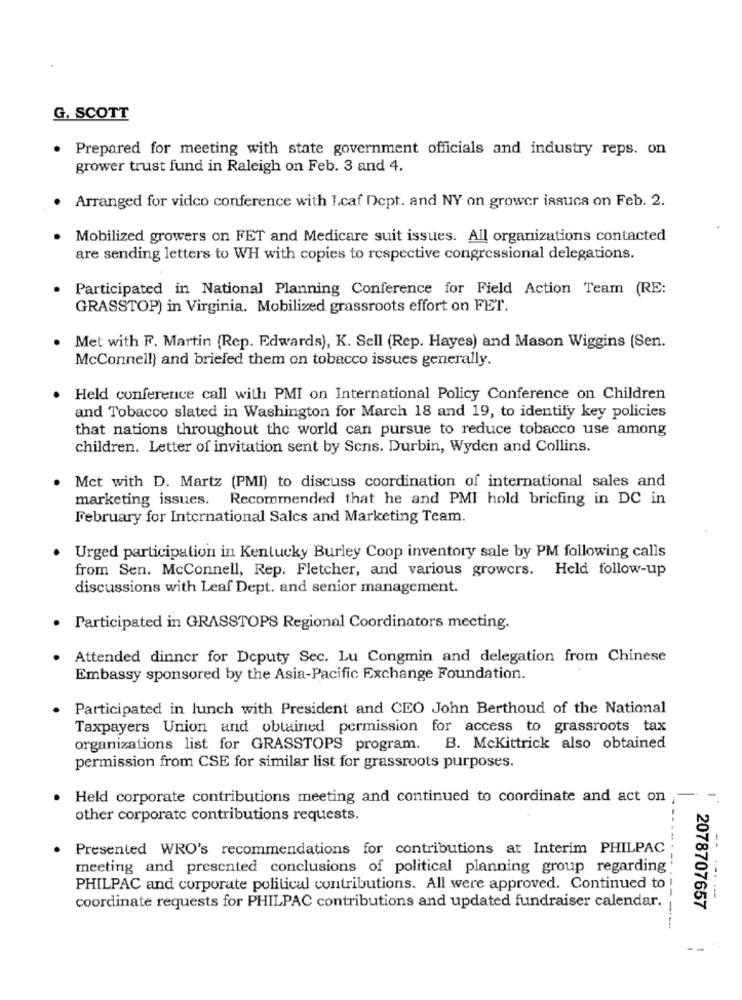
G. SCOTT
Prepared for meeting with state government officials and industry reps. on
grower trust fund in Raleigh on Feb. 3 and 4.
Arranged for video conference with I.caf Dept. and NY on grower issuca on Feb. 2.
Mobilized growers on FET and Medicare suit issues. All organizations contacted
are sending letters to WH with copies to respective congressional delegations.
Participated in National Planning Conference for Field Action Team (RE:
GRASSTOP) in Virginia. Mobilized grassroots effort on FET.
Met with F. Martin (Rep. Edwards), K. Sell (Rep. Hayes) and Mason Wiggins (Sen.
McConnell) and briefed them on tobacco issues generally.
Held conference call with PMI on International Policy Conference on Children
and Tobacco slated in Washington for March 18 and 19, to identify key policies
that nations throughout the world can pursue to reduce tobacco use among
children. Letter of invitation sent by Sens. Durbin, Wyden and Collins.
Met with D. Martz (PMI) to discuss coordination of international sales and
marketing issues. Recommended that he and PMI hold briefing in DC in
February for International Sales and Marketing Team.
Urged participation in Kentucky Burley Coop inventory sale by PM following calls
from Sen. McConnell, Rep. Fletcher, and various growers. Held follow-up
discussions with Leaf Dept. and senior management.
Participated in GRASSTOPS Regional Coordinators meeting.
Attended dinner for Deputy Sec. Lu Congmin and delegation from Chinese
Embassy sponsored by the Asia-Pacific Exchange Foundation.
Participated in lunch with President and CEO John Berthoud of the National
Taxpayers Union and obtained permission for access to grassroots tax
organizations list for GRASSTOPS program. B. McKittrick also obtained
permission from CSE for similar list for grassroots purposes.
Held corporate contributions meeting and continued to coordinate and act on
-
other corporate contributions requests.
Presented WRO's recommendations for contributions at Interim PHILPAC
meeting and presented conclusions of political planning group regarding
PHILPAC and corporate political contributions. All were approved. Continued to
coordinate requests for PHILPAC contributions and updated fundraiser calendar.
78707657